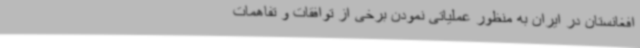
افغانستان در ایران به منظور عملیاتی نمودن برخی از توافقات و تفاهمات